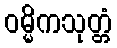
ဝမ္မိကသုတ္တံ